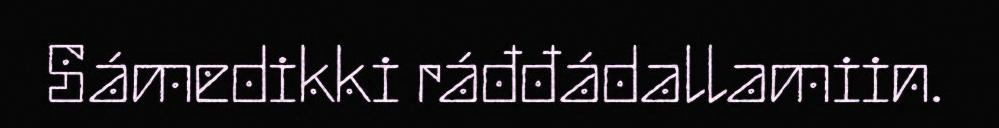
Sámedikki ráđđádallamiin.